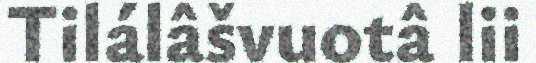
Tilálâšvuotâ lii